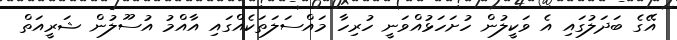
އޭގެ ބަދަލުގައި އެ ވަކީލުން ހުށަހަޅުއްވަނީ ހުރިހާ މައްސަލަތަކެއްގައި އާއްމު އުސޫލުން ޝަރީއަތް